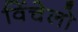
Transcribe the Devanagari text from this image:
विंचेलो